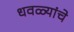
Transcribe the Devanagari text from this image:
धवळ्यांचे